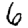
Digit: 6